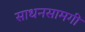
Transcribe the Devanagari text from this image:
साधनसामगी